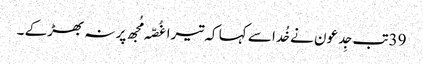
39تب جِدعو ن نے خُدا سے کہا کہ تیرا غُصّہ مُجھ پر نہ بھڑکے ۔